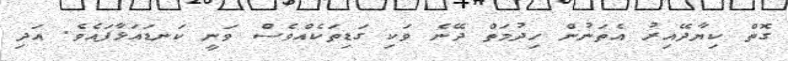
ގޮތް ކިޔާދޭއިރު އެތަނުން ހިދުމަތް ދޭނެ ވަކި ގަޑިތަކެއްވެސް ވަނީ ކަނޑައަޅާފައެވެ. އަދި